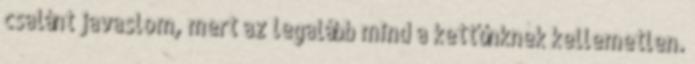
csalánt javaslom, mert az legalább mind a kettőnknek kellemetlen.